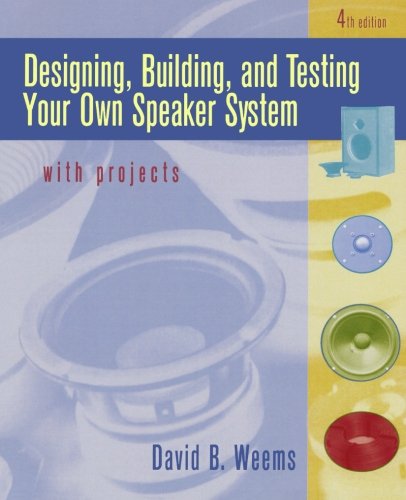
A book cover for Designing, Building, and Testing Your Own Speaker System with Projects; David Weems; Science & Math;